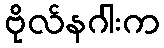
ဗိုလ်နဂါးက